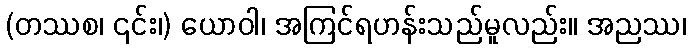
(တဿစ၊ ၎င်း၊) ယောဝါ၊ အကြင်ရဟန်းသည်မူလည်း။ အညဿ၊